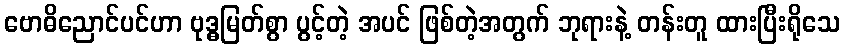
ဗောဓိညောင်ပင်ဟာ ဗုဒ္ဓမြတ်စွာ ပွင့်တဲ့ အပင် ဖြစ်တဲ့အတွက် ဘုရားနဲ့ တန်းတူ ထားပြီးရိုသေ